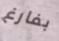
بفارغ